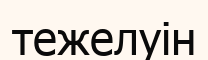
тежелуін